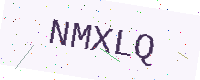
Text: NMXLQ